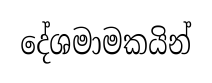
දේශමාමකයින්